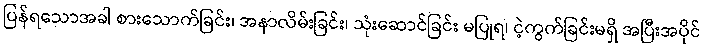
ပြန်ရသောအခါ စားသောက်ခြင်း၊ အနာလိမ်းခြင်း၊ သုံးဆောင်ခြင်း မပြုရ၊ ငဲ့ကွက်ခြင်းမရှိ အပြီးအပိုင်